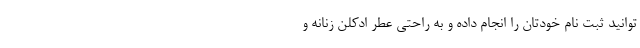
توانید ثبت نام خودتان را انجام داده و به راحتی عطر ادکلن زنانه و